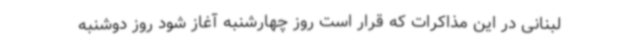
لبنانی در این مذاکرات که قرار است روز چهارشنبه آغاز شود روز دوشنبه